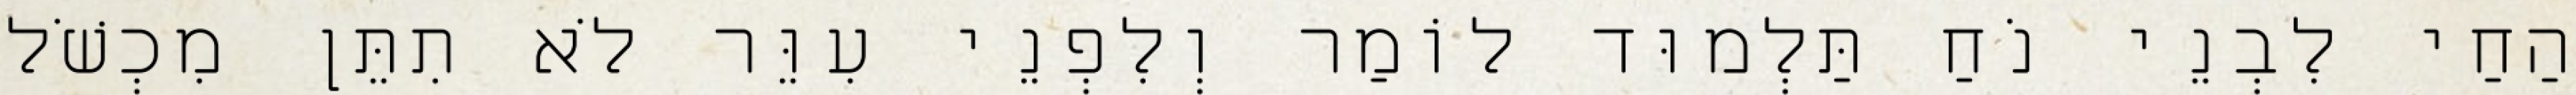
הַחַי לִבְנֵי נֹחַ תַּלְמוּד לוֹמַר וְלִפְנֵי עִוֵּר לֹא תִתֵּן מִכְשֹׁל